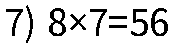
7) 8×7=56